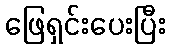
ဖြေရှင်းပေးပြီး